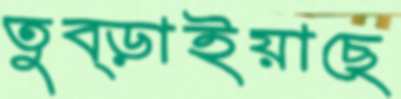
তুব্‌ড়াইয়াছে